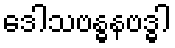
ဒေါသဗန္ဓနဗဒ္ဓါ